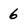
Character: 6